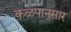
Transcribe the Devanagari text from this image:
कळपानुसार